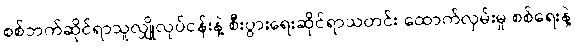
စစ်ဘက်ဆိုင်ရာသူလျှိုလုပ်ငန်းနဲ့ စီးပွားရေးဆိုင်ရာသတင်း ထောက်လှမ်းမှု စစ်ရေးနဲ့